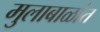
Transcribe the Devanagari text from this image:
मुलाबाळांत